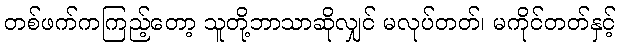
တစ်ဖက်ကကြည့်တော့ သူတို့ဘာသာဆိုလျှင် မလုပ်တတ်၊ မကိုင်တတ်နှင့်